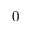
0